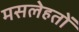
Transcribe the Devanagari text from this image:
मसलेहतों